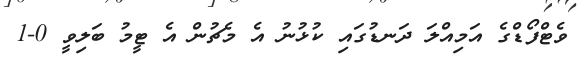
ވެޓްފޯޑްގެ އަމިއްލަ ދަނޑުގައި ކުޅުނު އެ މެޗުން އެ ޓީމު ބަލިވީ 0-1